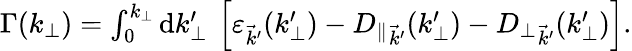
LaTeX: \begin{array}{r}{\Gamma(k_{\perp})=\int_{0}^{k_{\perp}}\mathrm{d}k_{\perp}^{\prime}\: \left[\varepsilon_{\vec{k}^{\prime}}(k_{\perp}^{\prime})-{D_{\parallel}}_{\vec{k}^{\prime}}(k_{\perp}^{\prime})-{D_{\perp}}_{\vec{k}^{\prime}}(k_{\perp}^{\prime})\right].}\end{array}